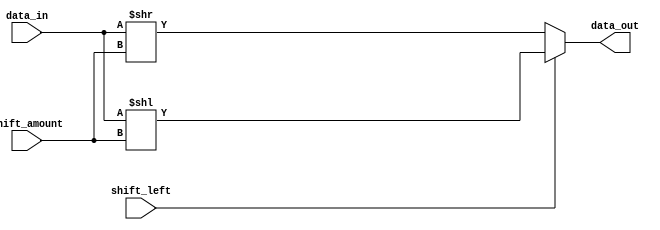
module rotating_barrel_shifter (
    input [7:0] data_in,
    input [2:0] shift_amount,
    input shift_left,
    output [7:0] data_out
);

reg [7:0] shifted_data;

always @(*) begin
    if (shift_left)
        shifted_data = data_in << shift_amount;
    else
        shifted_data = data_in >> shift_amount;
end

assign data_out = shifted_data;

endmodule